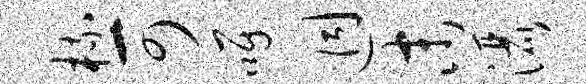
梳可嘱迥末洒